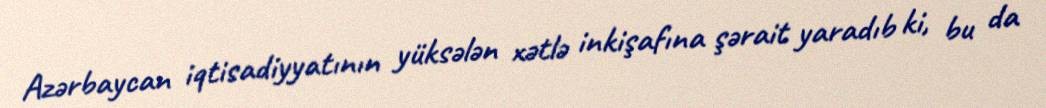
Azərbaycan iqtisadiyyatının yüksələn xətlə inkişafına şərait yaradıb ki, bu da